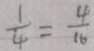
\frac { 1 } { 4 } = \frac { 4 } { 1 6 }